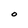
Character: O